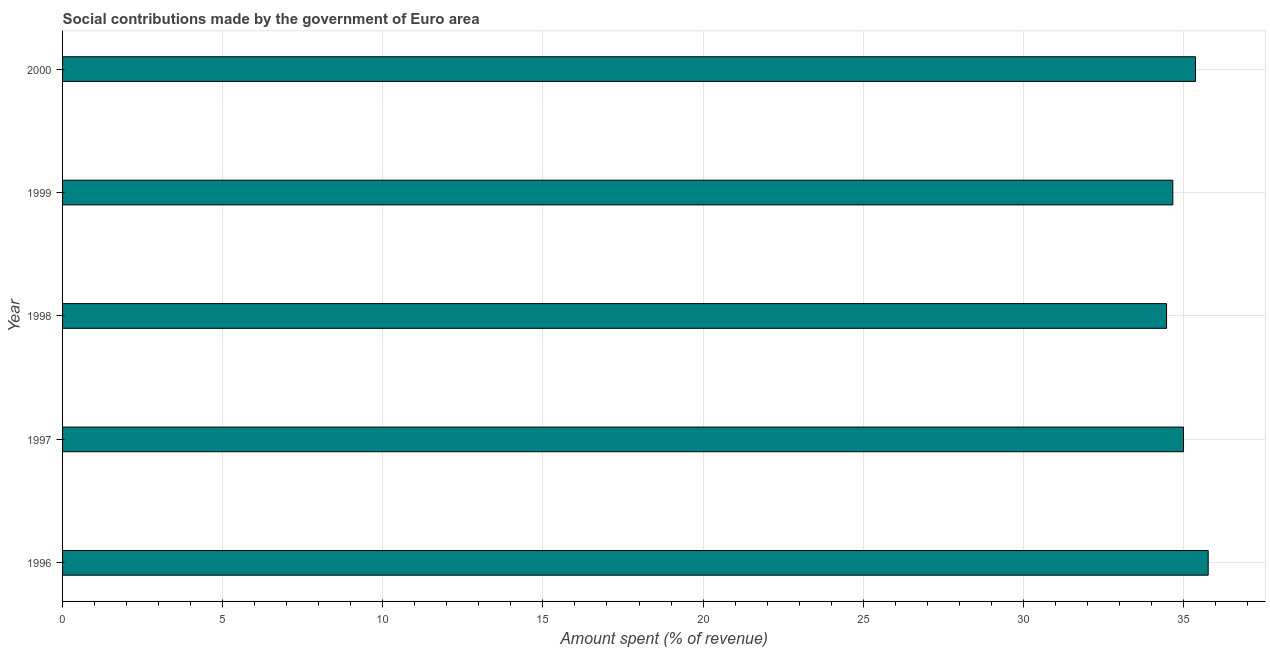
| Year | Social contributions |
 | --- | --- |
 | 1996 | 35.8 |
 | 1997 | 35 |
 | 1998 | 34.5 |
 | 1999 | 34.7 |
 | 2000 | 35.4 |